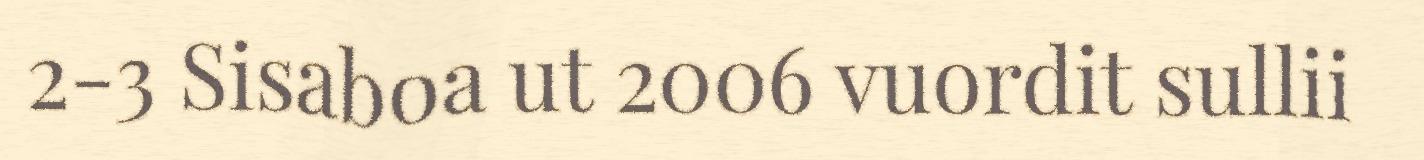
2-3 Sisaboa ut 2006 vuordit sullii